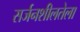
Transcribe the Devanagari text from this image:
सर्जनशीलतेला